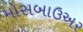
મોસબાઉઅર